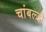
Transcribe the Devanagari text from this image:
चांबल्डी